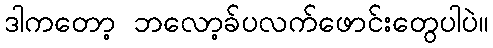
ဒါကတော့ ဘလော့ခ်ပလက်ဖောင်းတွေပါပဲ။